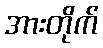
အားတိုက်